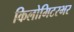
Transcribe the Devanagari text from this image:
किलोमिटरभर